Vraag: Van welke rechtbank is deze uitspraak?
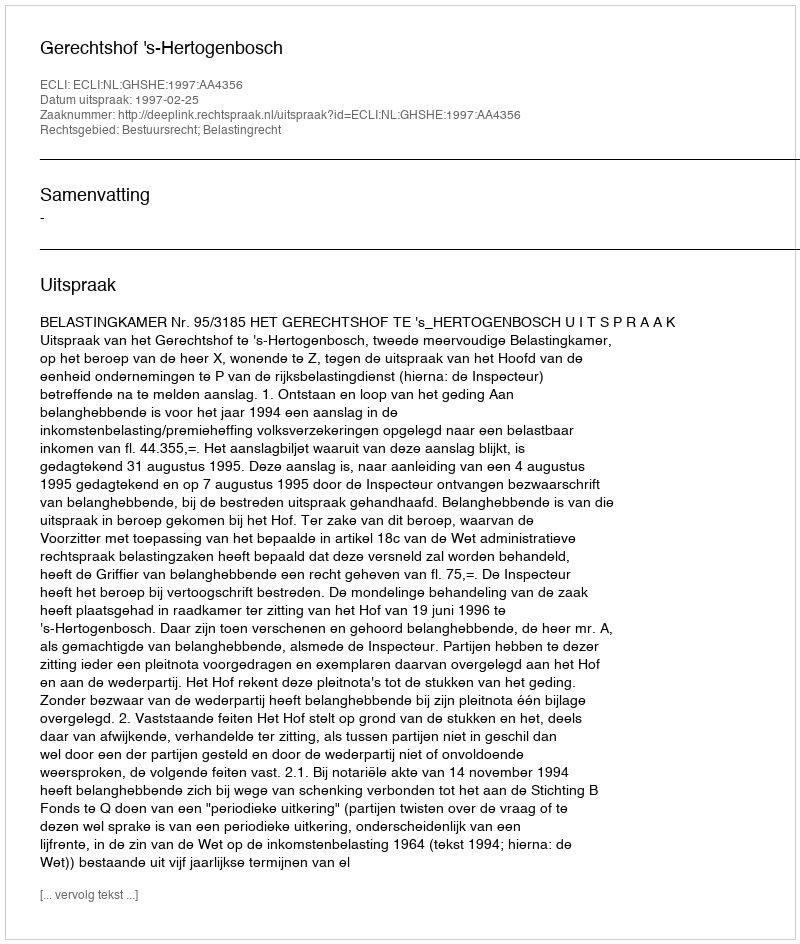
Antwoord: Gerechtshof 's-Hertogenbosch